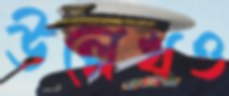
উল্লেখও